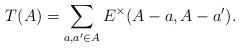
LaTeX: \begin{align*} T(A) = \sum_{a,a'\in A}E^\times(A-a,A-a').\end{align*}